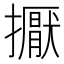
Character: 擫